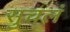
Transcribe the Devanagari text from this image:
सुचलं